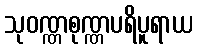
သုဝဏ္ဏစုဏ္ဏပရိပူရာယ